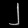
Digit: ၂